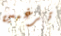
ترغبين